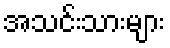
အသင်းသားများ